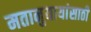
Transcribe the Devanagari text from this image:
मतानुयायांसाठी